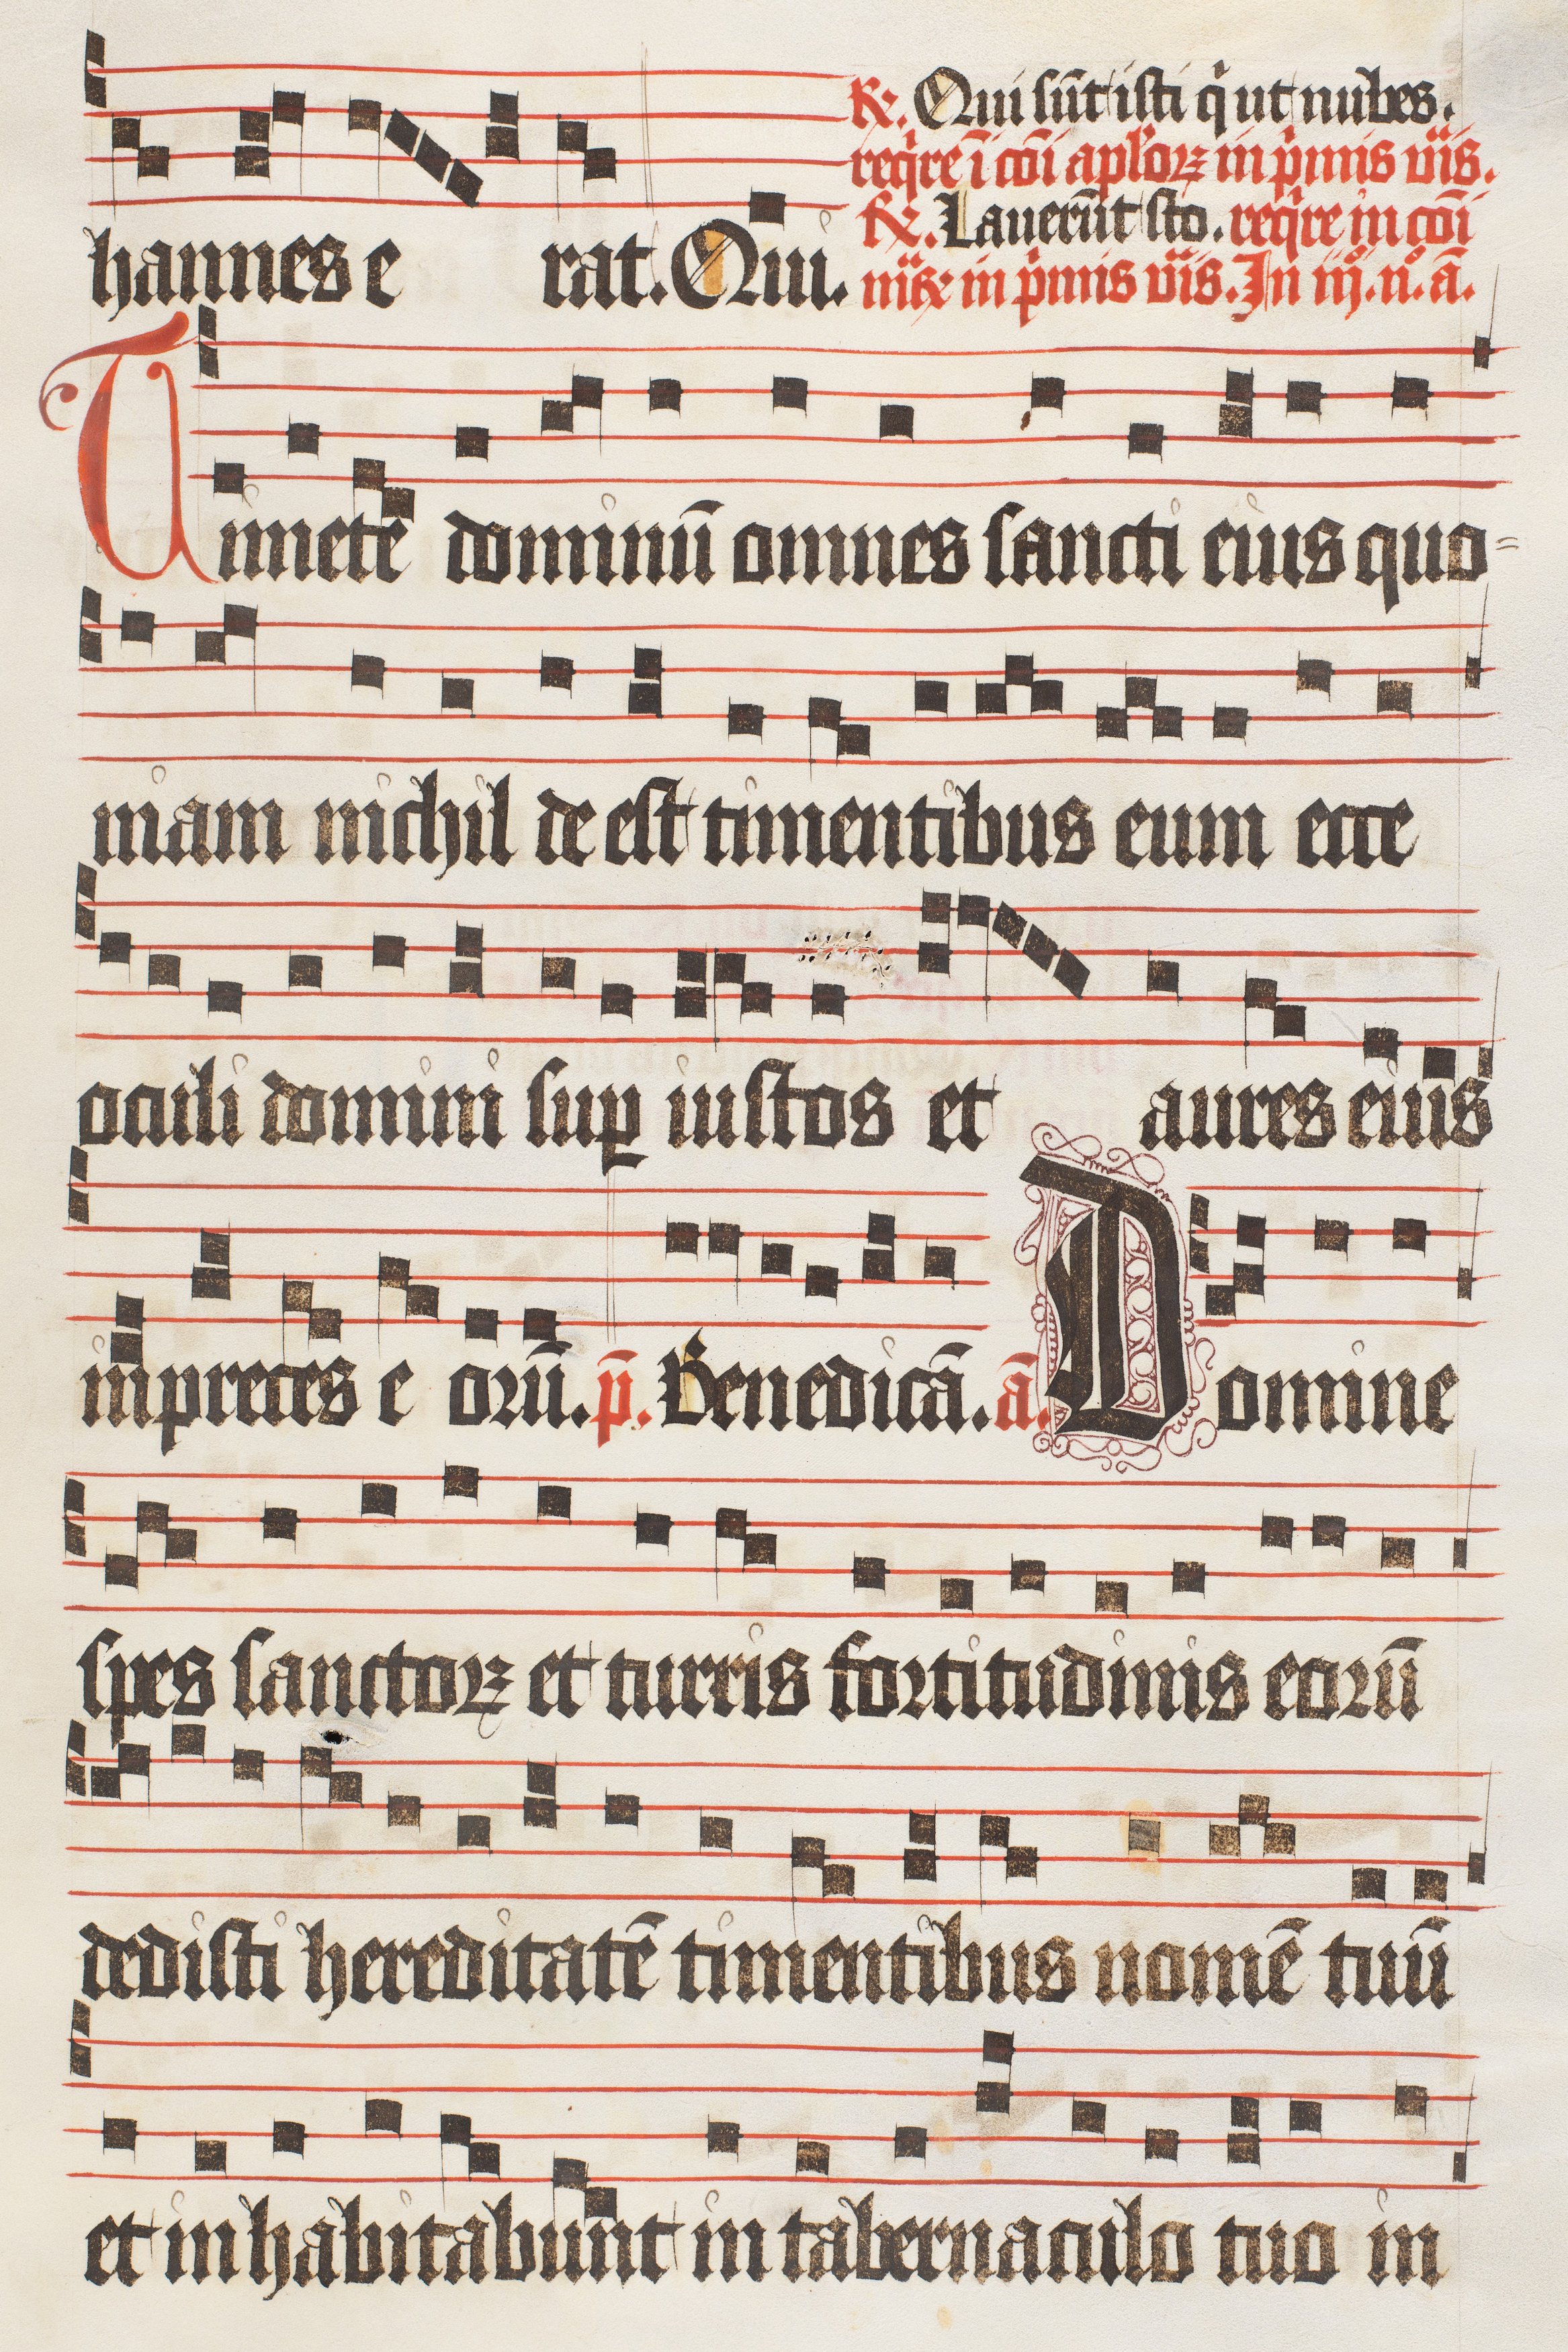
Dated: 1474–1505